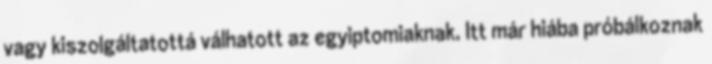
vagy kiszolgáltatottá válhatott az egyiptomiaknak. Itt már hiába próbálkoznak